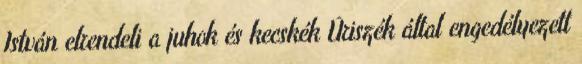
István elrendeli a juhok és kecskék Úriszék által engedélyezett